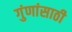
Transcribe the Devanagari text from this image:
गुंणांसाठी